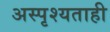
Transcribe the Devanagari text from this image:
अस्पृश्यताही